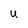
Character: U